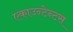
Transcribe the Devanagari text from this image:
एकाउन्टेन्टस